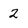
Character: 2